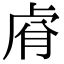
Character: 𮓢